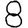
Digit: 8